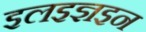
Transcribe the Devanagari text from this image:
इलइज्ञइन